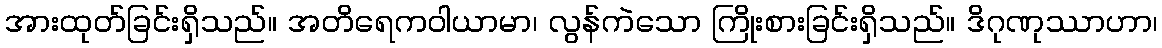
အားထုတ်ခြင်းရှိသည်။ အတိရေကဝါယာမာ၊ လွန်ကဲသော ကြိုးစားခြင်းရှိသည်။ ဒိဂုဏုဿာဟာ၊